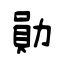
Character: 勛